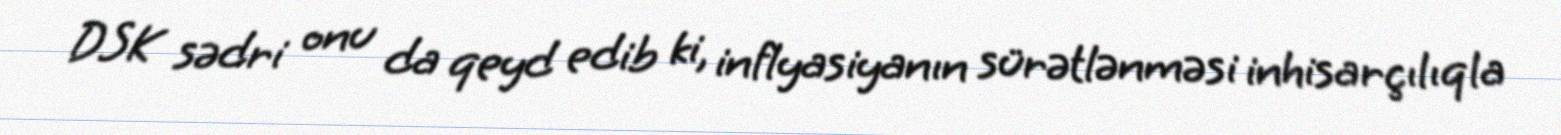
DSK sədri onu da qeyd edib ki, inflyasiyanın sürətlənməsi inhisarçılıqla